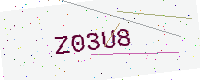
Text: Z03U8